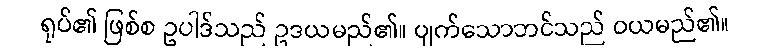
ရုပ်၏ ဖြစ်စ ဥပါဒ်သည် ဥဒယမည်၏။ ပျက်သောဘင်သည် ဝယမည်၏။